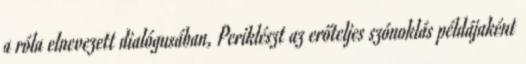
a róla elnevezett dialógusában, Periklészt az erőteljes szónoklás példájaként